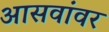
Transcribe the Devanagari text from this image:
आसवांवर